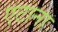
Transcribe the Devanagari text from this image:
एटाना